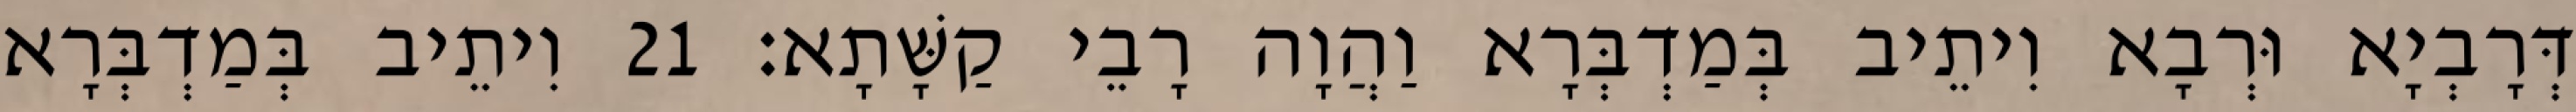
דְּרָבְיָא וּרְבָא וִיתֵיב בְּמַדְבְּרָא וַהֲוָה רָבֵי קַשָּׁתָא׃ 21 וִיתֵיב בְּמַדְבְּרָא